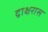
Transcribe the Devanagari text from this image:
द्राक्षरास